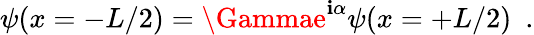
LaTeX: \psi(x=-L/2)=\Gammae^{\mathbf{i}\alpha}\psi(x=+L/2)\ \ .